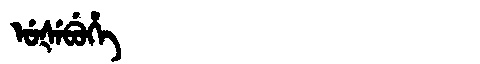
Manchu: ᡠᡧᡝᠪᡠᡥᡝ
Romanization: UŠEBUHE